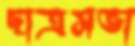
ছাত্রসভা